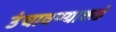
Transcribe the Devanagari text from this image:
उंचावण्याकडे